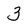
Character: 3